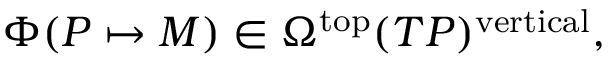
\Phi ( P \mapsto M ) \in \Omega ^ { \mathrm { t o p } } ( T P ) ^ { \mathrm { v e r t i c a l } } ,